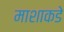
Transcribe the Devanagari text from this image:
माशाकडे